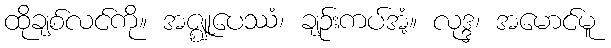
ထိုချစ်လင်ကို။ အဇ္ဈုပေဿံ၊ ချဉ်းကပ်အံ့။ လုဒ္ဒ၊ အမောင်မူ